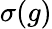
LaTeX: \sigma(g)